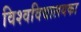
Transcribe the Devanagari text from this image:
विश्वविद्यालयका